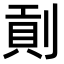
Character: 𠞖